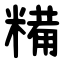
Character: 糒